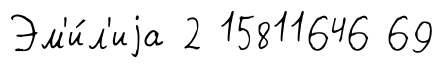
Эм'и́л'иjа 2 15811646 69